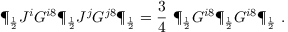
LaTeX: \P _ { \frac { 1 } { 2 } } J ^ { i } G ^ { i 8 } \P _ { \frac { 1 } { 2 } } J ^ { j } G ^ { j 8 } \P _ { \frac { 1 } { 2 } } = { \frac { 3 } { 4 } } \ \P _ { \frac { 1 } { 2 } } G ^ { i 8 } \P _ { \frac { 1 } { 2 } } G ^ { i 8 } \P _ { \frac { 1 } { 2 } } \ .